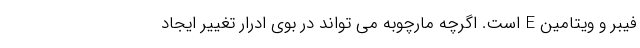
فیبر و ویتامین E است. اگرچه مارچوبه می تواند در بوی ادرار تغییر ایجاد